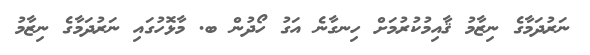
ނަރުދަމާގެ ނިޒާމު ޤާއިމުކުރުމަށް ހިނގާނެ އަގު ހޯދުން ބ. މާޅޮހުގައި ނަރުދަމާގެ ނިޒާމު